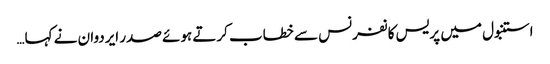
استنبول میں پریس کانفرنس سے خطاب کرتے ہوئے صدر ایردوان نے کہا…